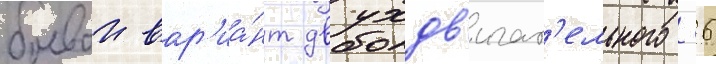
боевои вар'иа́нт двухдв'игат'ельного -36